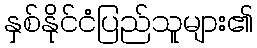
နှစ်နိုင်ငံပြည်သူများ၏